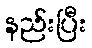
နည်းပြီး